system: You are a helpful assistant.
user:
Analyze the provided spectrum to determine if it is a **M-type Giant (gM)**.

A M-type Giant spectrum is defined by its **strong molecular absorption** features, particularly from **Titanium Oxide (TiO)**. You must check for one of the following mutually exclusive signatures:

- **Key Visual Indicators (Absorption-Dominated Spectrum):**

    - **(Primary):** The spectrum is dominated by strong molecular absorption from **Titanium Oxide (TiO)**. This is the **defining feature** of its M-type temperature class.
        - **(Key Bandheads):** Look for sharp, "saw-tooth" absorption valleys. The strongest are located near **~7050 Å**, **~6160 Å**, and **~5170 Å**.
        - **(Line Profile):** The "saw-tooth" morphology is critical: a **sharp, steep drop on the BLUE (short-wavelength) side** of the bandhead, followed by a gradual recovery (rising flux) towards the RED (long-wavelength) side.

    - **(Key Confirmation - Giant vs. Dwarf):** **ABSENCE** of strong **Calcium Hydride (CaH)** molecular bands. This is the primary diagnostic for *excluding* M-dwarfs.
        - **(Key Region):** The spectrum should lack the strong, broad absorption band seen in dwarfs between **~6800 Å and ~7000 Å**.

    - **(Secondary Confirmation - Giant):** A very strong and broad **Neutral Calcium (Ca I)** atomic absorption line.
        - **(Key Line):** Located at **~4226 Å**. In a giant (gM), this line is significantly deeper and broader than the same line in an M-dwarf (dM) due to low surface gravity.

    - **(Overall Spectrum):**
        - The continuum is **extremely red-sloping** (i.e., flux is very low in the blue and rises dramatically towards the red).
        - The entire spectrum appears "chopped up" by the deep TiO bands.

Think first, call **spectral_visualization_tool** if needed to examine features in detail, then provide your final answer. Your response must adhere to the following strict rules:
1.  **Overall Structure:** Your response must follow the format `<think>...</think> <tool_call>...</tool_call> (if a tool is used) <answer>...</answer>`.
2.  **Tool Usage Constraint:** You may only make **one** tool call per turn.
3.  **Final Answer Format:** In the `<answer>` tag, your conclusion must be inside a `\boxed{}` command (e.g., `\boxed{YES}` or `\boxed{NO}`), followed by your justification.

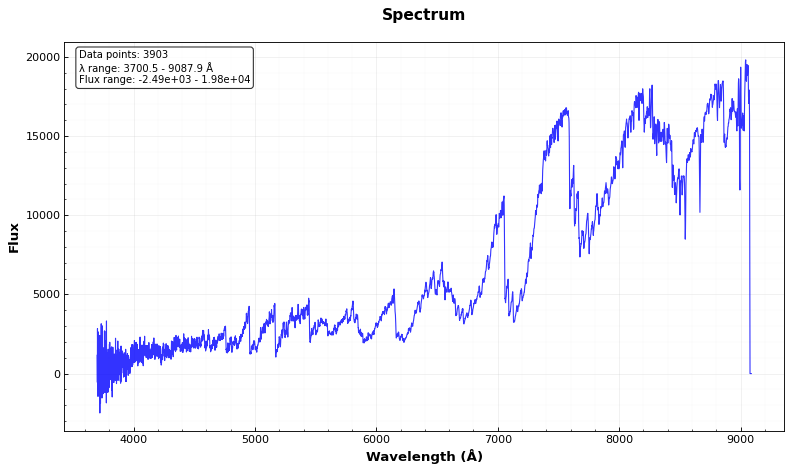
Answer: YES